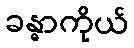
ခန္ဓာကိုယ်